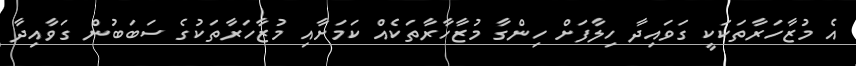
އެ މުޒާހަރާތަކަކީ ގަވައިދާ ހިލާފަށް ހިންގާ މުޒާހާރާތަކެއް ކަމަށާއި މުޒާހަރާތަކުގެ ސަބަބުން ގަވާއިދާ